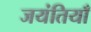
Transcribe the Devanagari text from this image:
जयंतियाँ